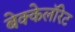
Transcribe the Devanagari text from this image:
बेक्केलॉरेट